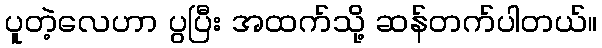
ပူတဲ့လေဟာ ပွပြီး အထက်သို့ ဆန်တက်ပါတယ်။